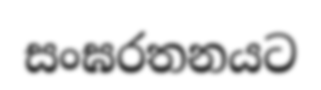
සංඝරතනයට